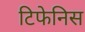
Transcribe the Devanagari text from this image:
टिफेनिस